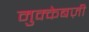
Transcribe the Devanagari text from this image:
मुक्केबज़ी